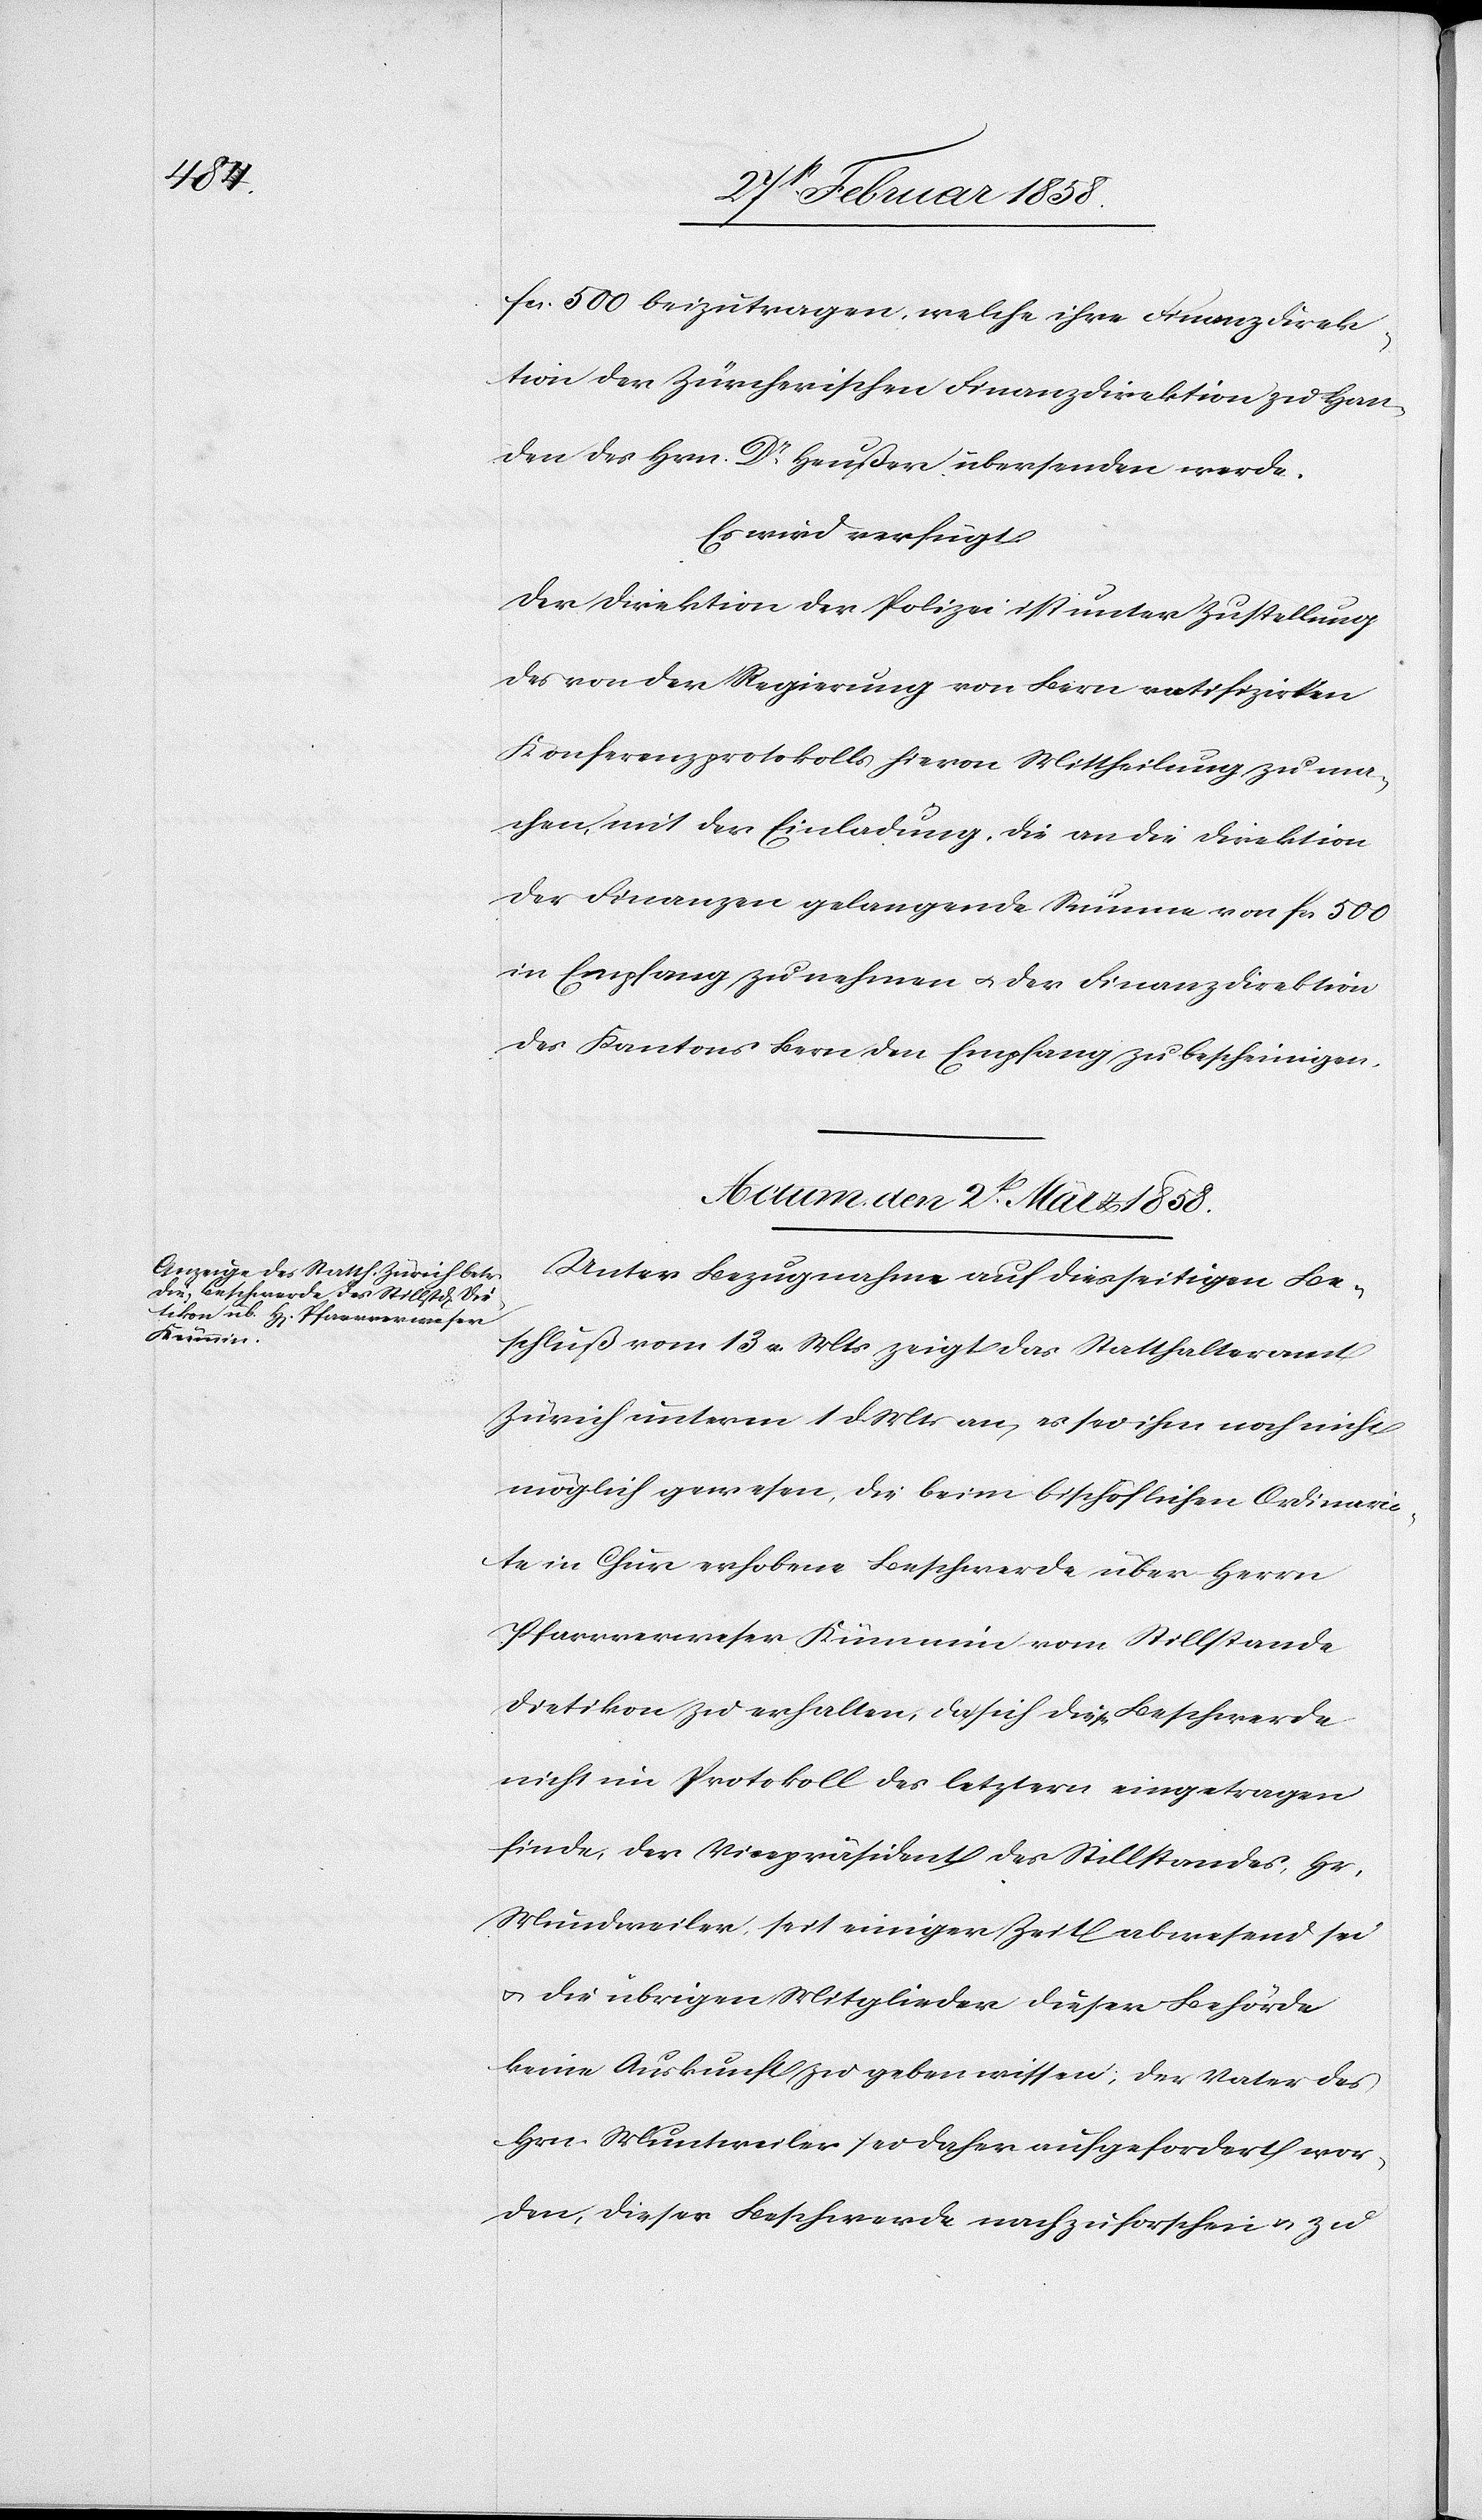
fcs. 500 beizutragen, welche ihre Finanzdirek¬
tion der Zürcherischen Finanzdirektion zu Han¬
den des Hrn. Dr Heußer übersenden werde.
Es wird verfügt:
Der Direktion der Polizei ist unter Zustellung
des von der Regierung von Bern ratifizirten
Konferenzprotokolls hievon Mittheilung zu ma¬
chen, mit der Einladung, die an die Direktion
der Finanzen gelangende Summe von fcs 500
in Empfang zu nehmen u. der Finanzdirektion
des Kantons Bern den Empfang zu bescheinigen.
Actum den 2t März 1858.
Unter Bezugnahme auf diesseitigen Be¬
schluß vom 13 v. Mts zeigt das Statthalteramt
Zürich unterm 1 d. Mts an, es sei ihm noch nicht
möglich gewesen, die beim bischöflichen Ordinaria¬
te in Chur erhobene Beschwerde über Herrn
Pfarrverweser Kümmin vom Stillstande
Dietikon zu erhalten, da sich diese Beschwerde
nicht im Protokoll des letztern eingetragen
finde, der Vicepräsident des Stillstandes, Hr.
Mundweiler, seit einiger Zeit abwesend sei
u. die übrigen Mitglieder dieser Behörde
keine Auskunft zu geben wissen, der Vater des
Hrn. Muntweiler [sic!] sei daher aufgefordert wor¬
den, dieser Beschwerde nachzuforschen u. zu